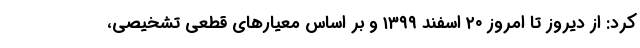
کرد: از دیروز تا امروز ۲۰ اسفند ۱۳۹۹ و بر اساس معیارهای قطعی تشخیصی،